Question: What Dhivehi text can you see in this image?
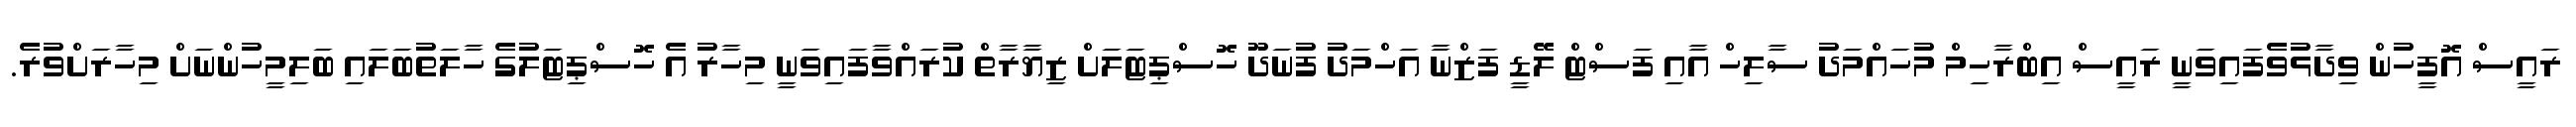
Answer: ރައީސް އޮފީހުން ވިދާޅުވެފައިވަނީ ރައީސް އިބްރާހިމް މުހައްމަދު ސާލިހް އާއި ފަސްޓް ލޭޑީ ފަޒްނާ އަހްމަދު ފުނަދޫ ހޮސްޕިޓަލަށް ޒިޔާރާތް ކުރައްވާފައިވަނީ މިހާރު އެ ހޮސްޕިޓަލުގެ ހާލަތުބަލައި ބަލިމީހުންނަށް މިހާރަށްވުރެ.